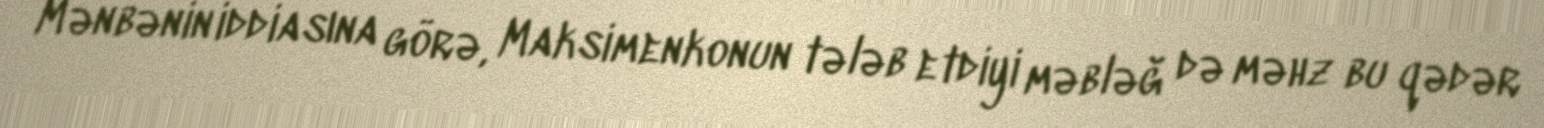
Mənbənin iddiasına görə, Maksimenkonun tələb etdiyi məbləğ də məhz bu qədər